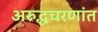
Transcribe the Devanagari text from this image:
अरुद्धचरणांत